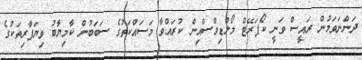
ދަންނަވަމުން ރައީސް ވަނީ ކޯޕަރޭޓް މޯލްޑިވްސްއިން ކުރައްވާ މަސައްކަތުގެ ސަބަބުން ކާމިޔާބު ވިޔަފާރިތަކުގެ